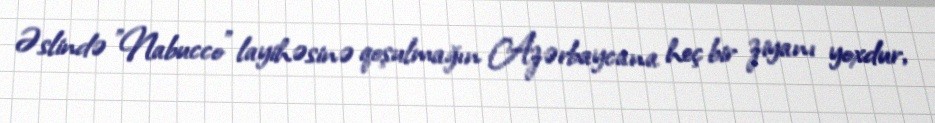
Əslində ”Nabucco" layihəsinə qoşulmağın Azərbaycana heç bir ziyanı yoxdur,